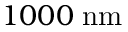
1 0 0 0 \; \mathrm { n m }